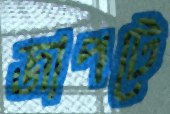
জাপটে